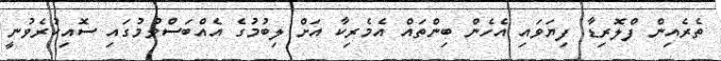
ތެރެއިން ފްލޮރިޑާ ފިޔަވައި އެހެން ބިންތައް އެމެރިކާ އަށް ލިބުމުގެ އެއްބަސްވުމުގައި ސޮއިކުރެވުނީ